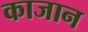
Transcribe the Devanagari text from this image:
काजान